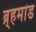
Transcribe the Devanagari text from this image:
ब्र्हमांड